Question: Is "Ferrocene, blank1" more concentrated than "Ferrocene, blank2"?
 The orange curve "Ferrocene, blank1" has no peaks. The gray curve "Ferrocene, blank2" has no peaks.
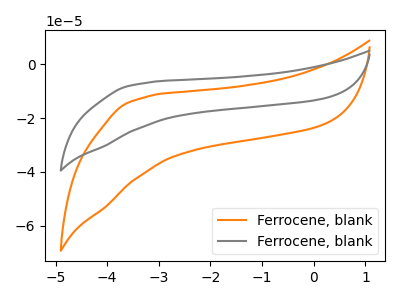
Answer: <think>Neither "Ferrocene, blank1" or "Ferrocene, blank2" have any peaks.
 </think>
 <answer>I cant tell if "Ferrocene, blank1" or "Ferrocene, blank2" has higher concentration.</answer>
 <eval>mixed_concentration</eval>